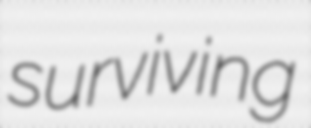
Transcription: surviving